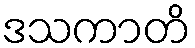
ဒသကာတိ